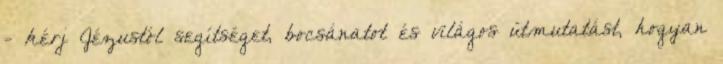
- kérj Jézustól segítséget, bocsánatot és világos útmutatást, hogyan